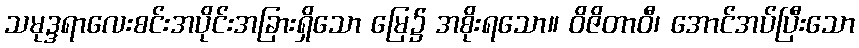
သမုဒ္ဒရာလေးစင်းအပိုင်းအခြားရှိသော မြေ၌ အစိုးရသော။ ဝိဇိတာဝီ၊ အောင်အပ်ပြီးသော